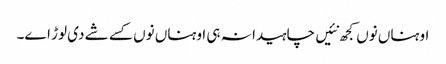
اوہناں نوں کجھ نئیں چاہیدا نہ ہی اوہناں نوں کسے شے دی لوڑ اے۔